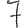
Digit: 7